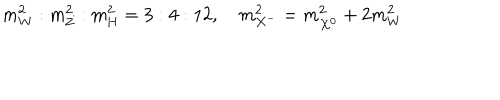
m _ { \mathrm { W } } ^ { 2 } : m _ { \mathrm { Z } } ^ { 2 } : m _ { \mathrm { H } } ^ { 2 } = 3 : 4 : 1 2 , \quad m _ { X ^ { - } } ^ { 2 } = m _ { X ^ { 0 } } ^ { 2 } + 2 m _ { W } ^ { 2 }